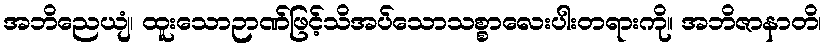
အဘိညေယျံ၊ ထူးသောဉာဏ်ဖြင့်သိအပ်သောသစ္စာလေးပါးတရားကို။ အဘိဇာနာတိ၊